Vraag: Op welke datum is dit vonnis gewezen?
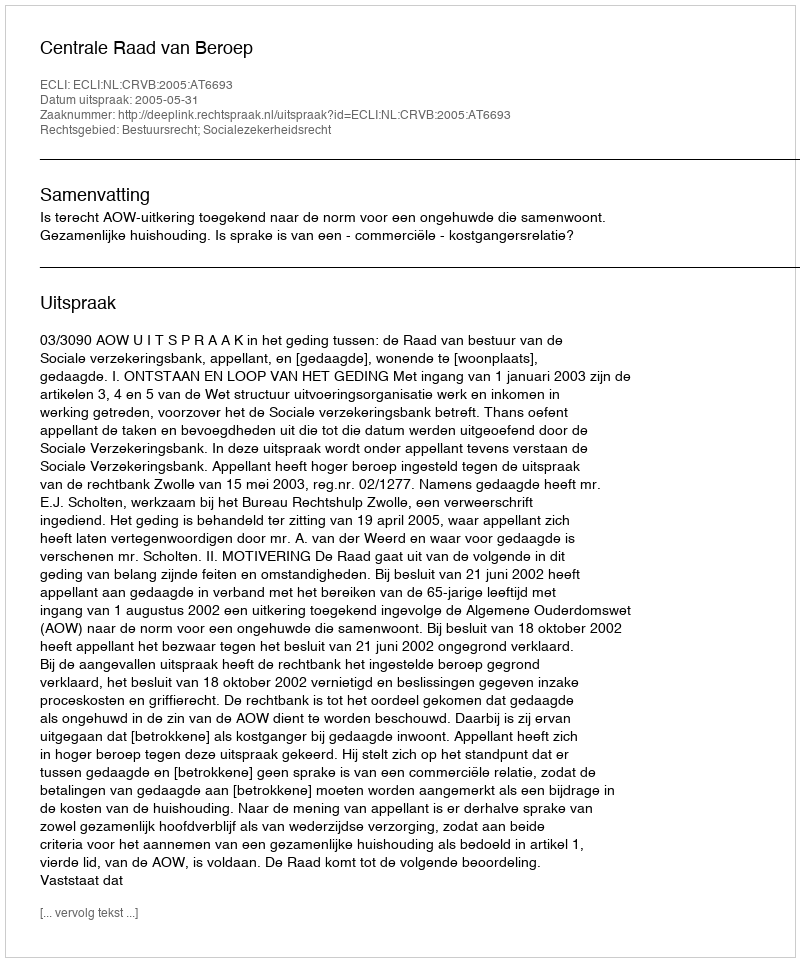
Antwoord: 2005-05-31